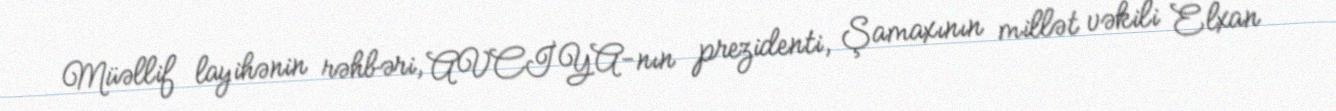
Müəllif layihənin rəhbəri, AVCİYA-nın prezidenti, Şamaxının millət vəkili Elxan